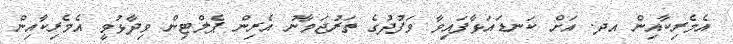
އެމެރިކާއިން އދ. އަށް ކަނޑައަޅާފައިވާ ވަފުދުގެ ތަރުޖަމާނު އެރިން ޕެލްޓިން ވިދާޅުވީ އެމެރިކާއިން